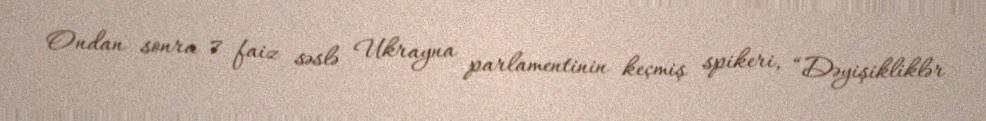
Ondan sonra 7 faiz səslə Ukrayna parlamentinin keçmiş spikeri, “Dəyişikliklər